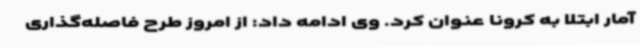
آمار ابتلا به کرونا عنوان کرد. وی ادامه داد: از امروز طرح فاصله‌گذاری